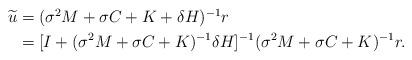
LaTeX: \begin{align*}\begin{aligned}\widetilde{u}&=(\sigma^{2}M+\sigma C+K+\delta H)^{-1} r\\&=[I+(\sigma^{2}M+\sigma C+K)^{-1}\delta H]^{-1} (\sigma^{2}M+\sigma C+K)^{-1} r.\end{aligned}\end{align*}